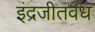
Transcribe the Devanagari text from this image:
इंद्रजीतवध